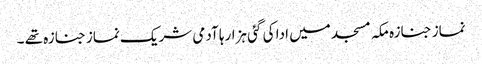
نماز جنازہ مکہ مسجد میں ادا کی گئی ہزارہا آدمی شریک نماز جنازہ تھے ۔